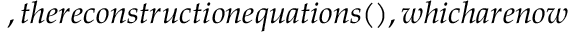
, t h e r e c o n s t r u c t i o n e q u a t i o n s ( ) , w h i c h a r e n o w